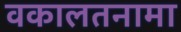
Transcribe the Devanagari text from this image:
वकालतनामा